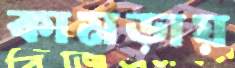
কামড়ায়